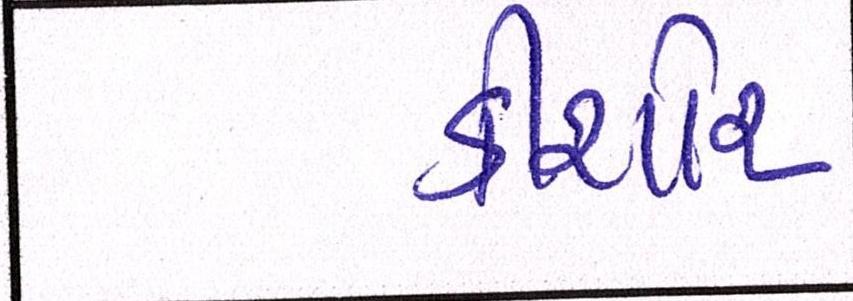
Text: કીશોર